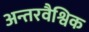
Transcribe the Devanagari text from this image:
अन्तरवैश्विक